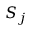
S _ { j }